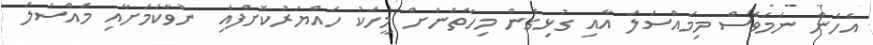
އެހެން ނަމަވެސް މިމައްސަލަ އާއި ގުޅިގެން މިހާތަނަށް މީހަކު ހައްޔަރުކޮށްފައި ނުވާކަމަށާއި މައްސަލަ